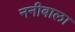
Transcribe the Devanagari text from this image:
ननीबाला